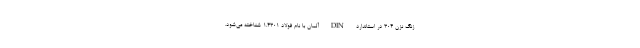
زنگ نزن 304 در استاندارد DIN آلمان با نام فولاد 1.4301 شناخته می‌شود.